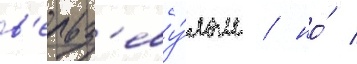
в'ельз'еву́лом / но́ /